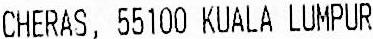
CHERAS, 55100 KUALA LUMPUR